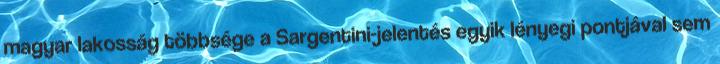
magyar lakosság többsége a Sargentini-jelentés egyik lényegi pontjával sem